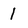
Character: 1